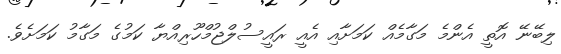
ލިބޭނޭ އޮތީ އެންމެ މަގާމެއް ކަމަށާއި އެއީ ރައީސުލްޖުމްހޫރިއްޔާ ކަމުގެ މަގާމު ކަމަށެވެ.